Report on horse surra - Volume II, Part II
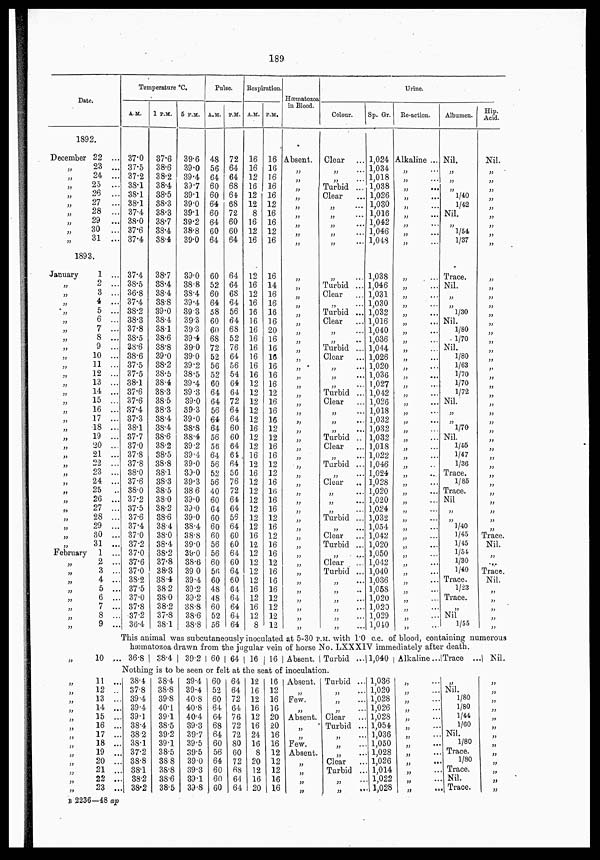
189
Date.
1892.
December
„
„
„
„
„
„
„
„
„
22 ...
23 ...
24 ...
25 ...
26 ...
27 ...
28 ...
29 ...
30 ...
31 ...
1893.
January
„
„
„
„
„
„
„
„
„
„
„
„
„
„
„
„
„
„
„
„
„
„
„
„
„
„
„
„
„
„
February
„
„
„
„
„
„
„
1 ...
2 ...
8 ...
4 ...
5 ...
6 ...
7 ...
8 ...
9 ...
10 ...
11 ...
12 ...
13 ...
14 ...
15 ...
16 ...
17 ...
18 ...
19 ...
20 ...
21 ...
22 ...
23 ...
24 ...
25 ...
26 ...
27 ...
28 ...
29 ...
30 ...
31 ...
1 ...
2 ...
3 ...
4 ...
5 ...
6 ...
7 ...
8 ...
9 ...
Temperature °C.
A.M.
37.0
37.5
37.2
38.1
38.1
38.1
37.4
38.0
37.6
37.4
37.4
38.5
36.8
37.4
38.2
38.3
37.8
38.5
38.6
38.6
37.5
37.5
38.1
37.6
37.6
37.4
37.3
38.1
37.7
37.0
37.8
37.8
38.0
37.6
38.0
37.2
37.5
37.6
37.4
37.0
37.2
37.0
37.6
37.0
38.2
37.5
37.0
37.8
37.2
36.4
1 P.M.
37.6
38.6
38.2
38.4
38.5
38.3
38.3
38.7
38.4
38.4
38.7
38.4
38.4
38.8
39.0
38.4
38.1
38.6
38.8
39.0
38.2
38.5
38.4
38.3
38.5
38.3
38.4
38.4
38.6
38.2
38.5
38.8
38.1
38.3
38.5
38.0
38.2
38.6
38.4
38.0
38.4
38.2
37.8
38.3
38.4
38.2
38.0
38.2
37.8
38.1
5 P.M.
39.6
39.0
39.4
39.7
39.1
39.0
39.1
39.2
38.8
39.0
39.0
38.8
38.4
39.4
39.3
39.3
39.3
39.4
39.0
39.0
39.2
38.5
39.4
39.3
39.0
39.3
39.0
38.8
38.4
39.2
39.4
39.0
39.0
39.3
38.6
39.0
39.0
39.0
38.4
38.8
39.0
39.0
38.6
39.0
39.4
39.2
39.2
38.8
38.6
38.8
Pulse.
A.M.
48
56
64
60
60
64
60
64
60
64
60
52
60
64
58
60
60
68
72
52
56
52
60
64
64
56
64
64
56
56
64
56
52
56
40
60
64
60
60
60
56
56
60
56
60
48
48
60
52
56
P.M.
72
64
64
68
64
68
72
60
60
64
64
64
68
64
56
64
68
52
76
64
56
54
64
64
72
64
64
60
60
64
61
64
56
76
72
64
64
56
64
60
60
64
60
64
60
64
64
64
64
64
Respiration.
A.M.
16
16
12
16
12
12
8
16
12
16
12
16
12
16
16
16
16
16
16
16
16
16
12
12
12
12
12
16
12
12
16
12
16
12
12
12
12
12
12
16
12
12
12
12
12
16
12
16
12
8
P.M.
16
16
16
16
16
12
16
16
12
16
16
14
16
16
16
16
20
16
16
16
16
16
16
12
16
16
16
12
12
16
16
12
12
16
16
16
16
12
16
12
16
16
12
16
16
16
12
12
12
12
Hæmatozoa
in Blood.
Absent.
„
„
„
„
„
„
„
„
„
„
„
„
„
„
„
„
„
„
„
„
„
„
„
„
„
„
„
„
„
„
„
„
„
„
„
„
„
„
„
„
„
„
„
„
„
„
„
„
„
Urine.
Colour.
Clear
„
...
„
...
Turbid ...
Clear
„
...
„
...
„
...
„
...
„
...
„
Turbid ...
Clear
„ ...
Turbid ...
Clear
„
...
„
...
Turbid ...
Clear
...
„
...
„ ...
„
...
Turbid ...
Clear
„ ...
„ ...
„
...
Turbid ...
Clear
„
...
Turbid ....
„
...
Clear
„
...
„
...
„ ...
Turbid ...
„
...
Clear
Turbid ...
„
...
Clear
...
Turbid ...
„
...
„
...
„
...
„
...
„
...
„
...
Sp. Gr.
1,024
1,034
1,018
1,038
1,026
1,030
1,016
1,042
1,046
1,048
1,038
1,046
1,031
1,030
1,032
1,016
1,040
1,036
1,044
1,026
1,020
1,036
1,027
1,042
1,026
1,018
1,032
1,032
1,032
1,018
1,022
1,046
1,024
1,028
1,020
1,020
1,024
1,032
1,054
1,042
1,020
1,050
1,042
1,040
1,036
1,058
1,020
1,020
1,029
1,040
Reaction.
Alkaline ...
„
„
„
...
„
...
„
„
...
„
...
„
...
„
„
„
...
„
...
„
„
...
„
...
„
...
„
„
„
...
„
„
...
„
„
„
„
„
...
„
„
„
„
...
„
„
...
„
„
...
„
„
„
...
„
„
„
„
„
„
„
...
„
„
„
„
„
Albumen.
Nil.
„
„
„
1/40
1/42
Nil.
„
1/54
1/37
Trace.
Nil.
„
„
1/30
Nil.
1/80
1/70
Nil.
1/80
1/63
1/70
1/70
1/72
Nil.
„
„
1/70
Nil.
1/65
1/47
1/36
Trace.
1/85
Trace.
Nil
„
„
1/40
1/45
1/45
1/54
1/30
1/40
Trace.
1/23
Trace.
„
Nil
1/55
Hip.
Acid.
Nil.
„
„
„
„
„
„
„
„
„
„
„
„
„
„
„
„
„
„
„
„
„
„
„
„
„
„
„
„
„
„
„
„
„
„
„
„
„
„
„
Trace.
Nil.
„
„
Trace.
Nil.
„
„
„
„
„
This animal was subcutaneously inoculated at 5.30 P.M. with 1.0 c.c. of blood, containing numerous
hæmatozoa drawn from the jugular vein of horse No. LXXXIV immediately after death.
„
10 ... 36.8 38.4
39.2 60 64 16 16 Absent. Turbid ... 1,040 Alkaline.. Trace ...
Nil.
Nothing is to be seen or felt at the seat of inoculation.
„
„
„
„
„
„
„
„
„
„
„
„
„
11 ...
12 ...
13 ...
14 ...
15 ...
16 ...
17 ...
18 ...
19 ...
20 ...
21 ...
22 ...
23 ...
38.4
37.8
39.4
39.4
39.1
38.4
38.2
38.1
37.2
38.8
38.1
38.2
38.2
38.4
38.8
39.8
40.1
39.1
38.5
39.2
39.1
38.5
38.8
38.8
38.6
38.5
39.4
39.4
40.8
40.8
40.4
39.3
39.7
39.5
39.5
39.0
39.3
39.1
39.8
60
52
60
64
64
68
64
60
56
64
60
60
60
64
64
72
64
76
72
72
80
60
72
68
64
64
12
16
12
16
12
16
24
16
8
20
12
16
20
16
12
16
16
20
20
16
16
12
12
12
16
16
Absent.
„
Few.
„
Absent.
„
„
Few.
Absent.
„
„
„
„
Turbid ...
„
...
„
...
„ ...
Clear
Turbid ...
„ ...
„
...
„ ...
Clear
Turbid ...
„ ...
„ ....
1,036
1,020
1,028
1,026
1,028
1,054
1,036
1,050
1,028
1,026
1,014
1,022
1,028
„
„
„
„
„
„
„
„
...
„
...
„ ...
„
...
„
„
„
Nil.
1/80
1/80
1/44
1/60
Nil.
1/80
Trace.
1/80
Trace.
Nil.
Trace.
„
„
„
„
„
„
„
„
„
„
„
„
„
B 2236—48 ap